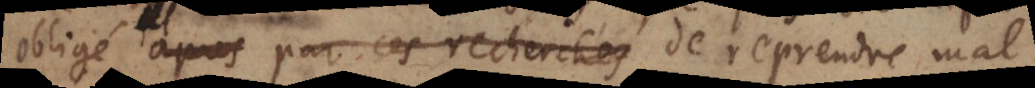
obligé après par ces recherches de reprendre mal